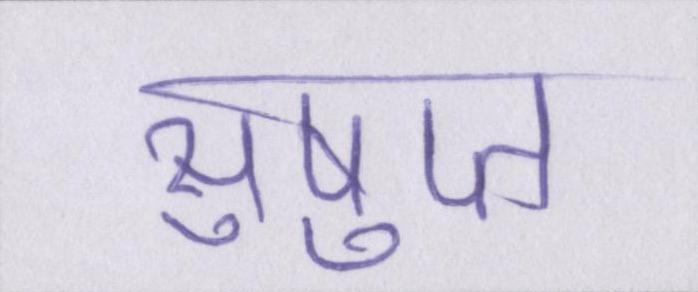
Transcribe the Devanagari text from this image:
सुषुप्त